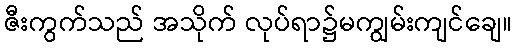
ဇီးကွက်သည် အသိုက် လုပ်ရာ၌မကျွမ်းကျင်ချေ။